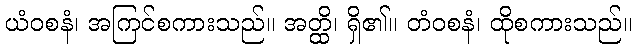
ယံဝစနံ၊ အကြင်စကားသည်။ အတ္ထိ၊ ရှိ၏။ တံဝစနံ၊ ထိုစကားသည်။